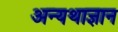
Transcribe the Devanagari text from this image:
अन्यथाज्ञान